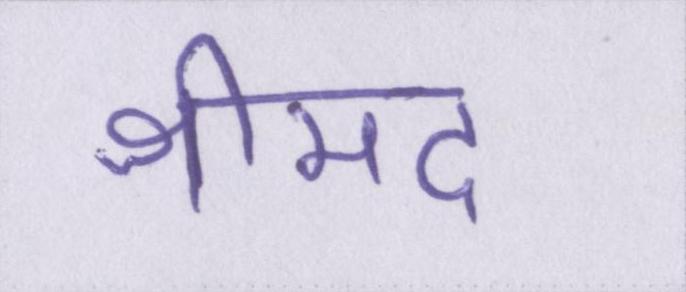
श्रीमद